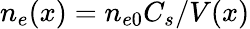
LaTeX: n_{e}(x)=n_{e0}C_{s}/V(x)